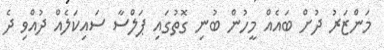
މަންޒަރު ދުށް ބައެއް މީހުން ބުނި ގޮތުގައި ޕަލްސާ ސައިކަލެއް ދުއްވި ދެ